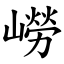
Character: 嶗